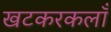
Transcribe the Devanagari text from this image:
खटकरकलाँ